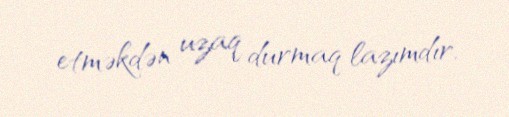
etməkdən uzaq durmaq lazımdır.